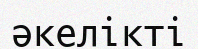
әкелікті